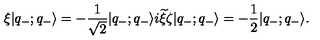
\xi | q _ { - } ; q _ { - } \rangle = - \frac { 1 } { \sqrt { 2 } } | q _ { - } ; q _ { - } \rangle i { \widetilde \xi } \zeta | q _ { - } ; q _ { - } \rangle = - \frac { 1 } { 2 } | q _ { - } ; q _ { - } \rangle .